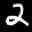
Label: 2